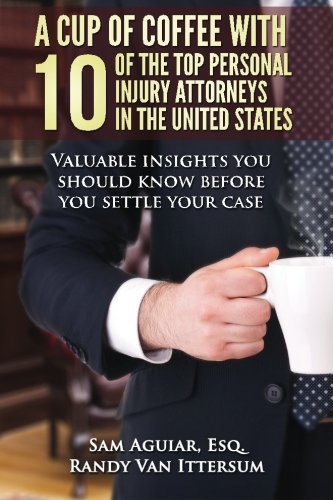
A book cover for A Cup Of Coffee With 10 Of The Top Personal Injury Attorneys In The United States: Valuable insights you should know before you settle your case; Sam Aguiar Esq.; Law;